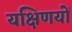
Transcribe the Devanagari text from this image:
यक्षिणयों